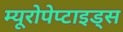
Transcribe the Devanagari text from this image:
म्यूरोपेप्टाइड्स